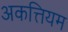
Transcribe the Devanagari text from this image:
अकत्तियम